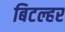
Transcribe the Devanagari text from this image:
बिटल्हर